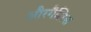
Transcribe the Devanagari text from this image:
औरगैलिस